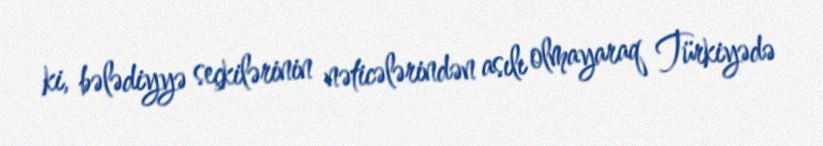
ki, bələdiyyə seçkilərinin nəticələrindən asılı olmayaraq Türkiyədə